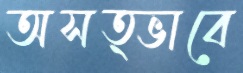
অসত্ভাবে